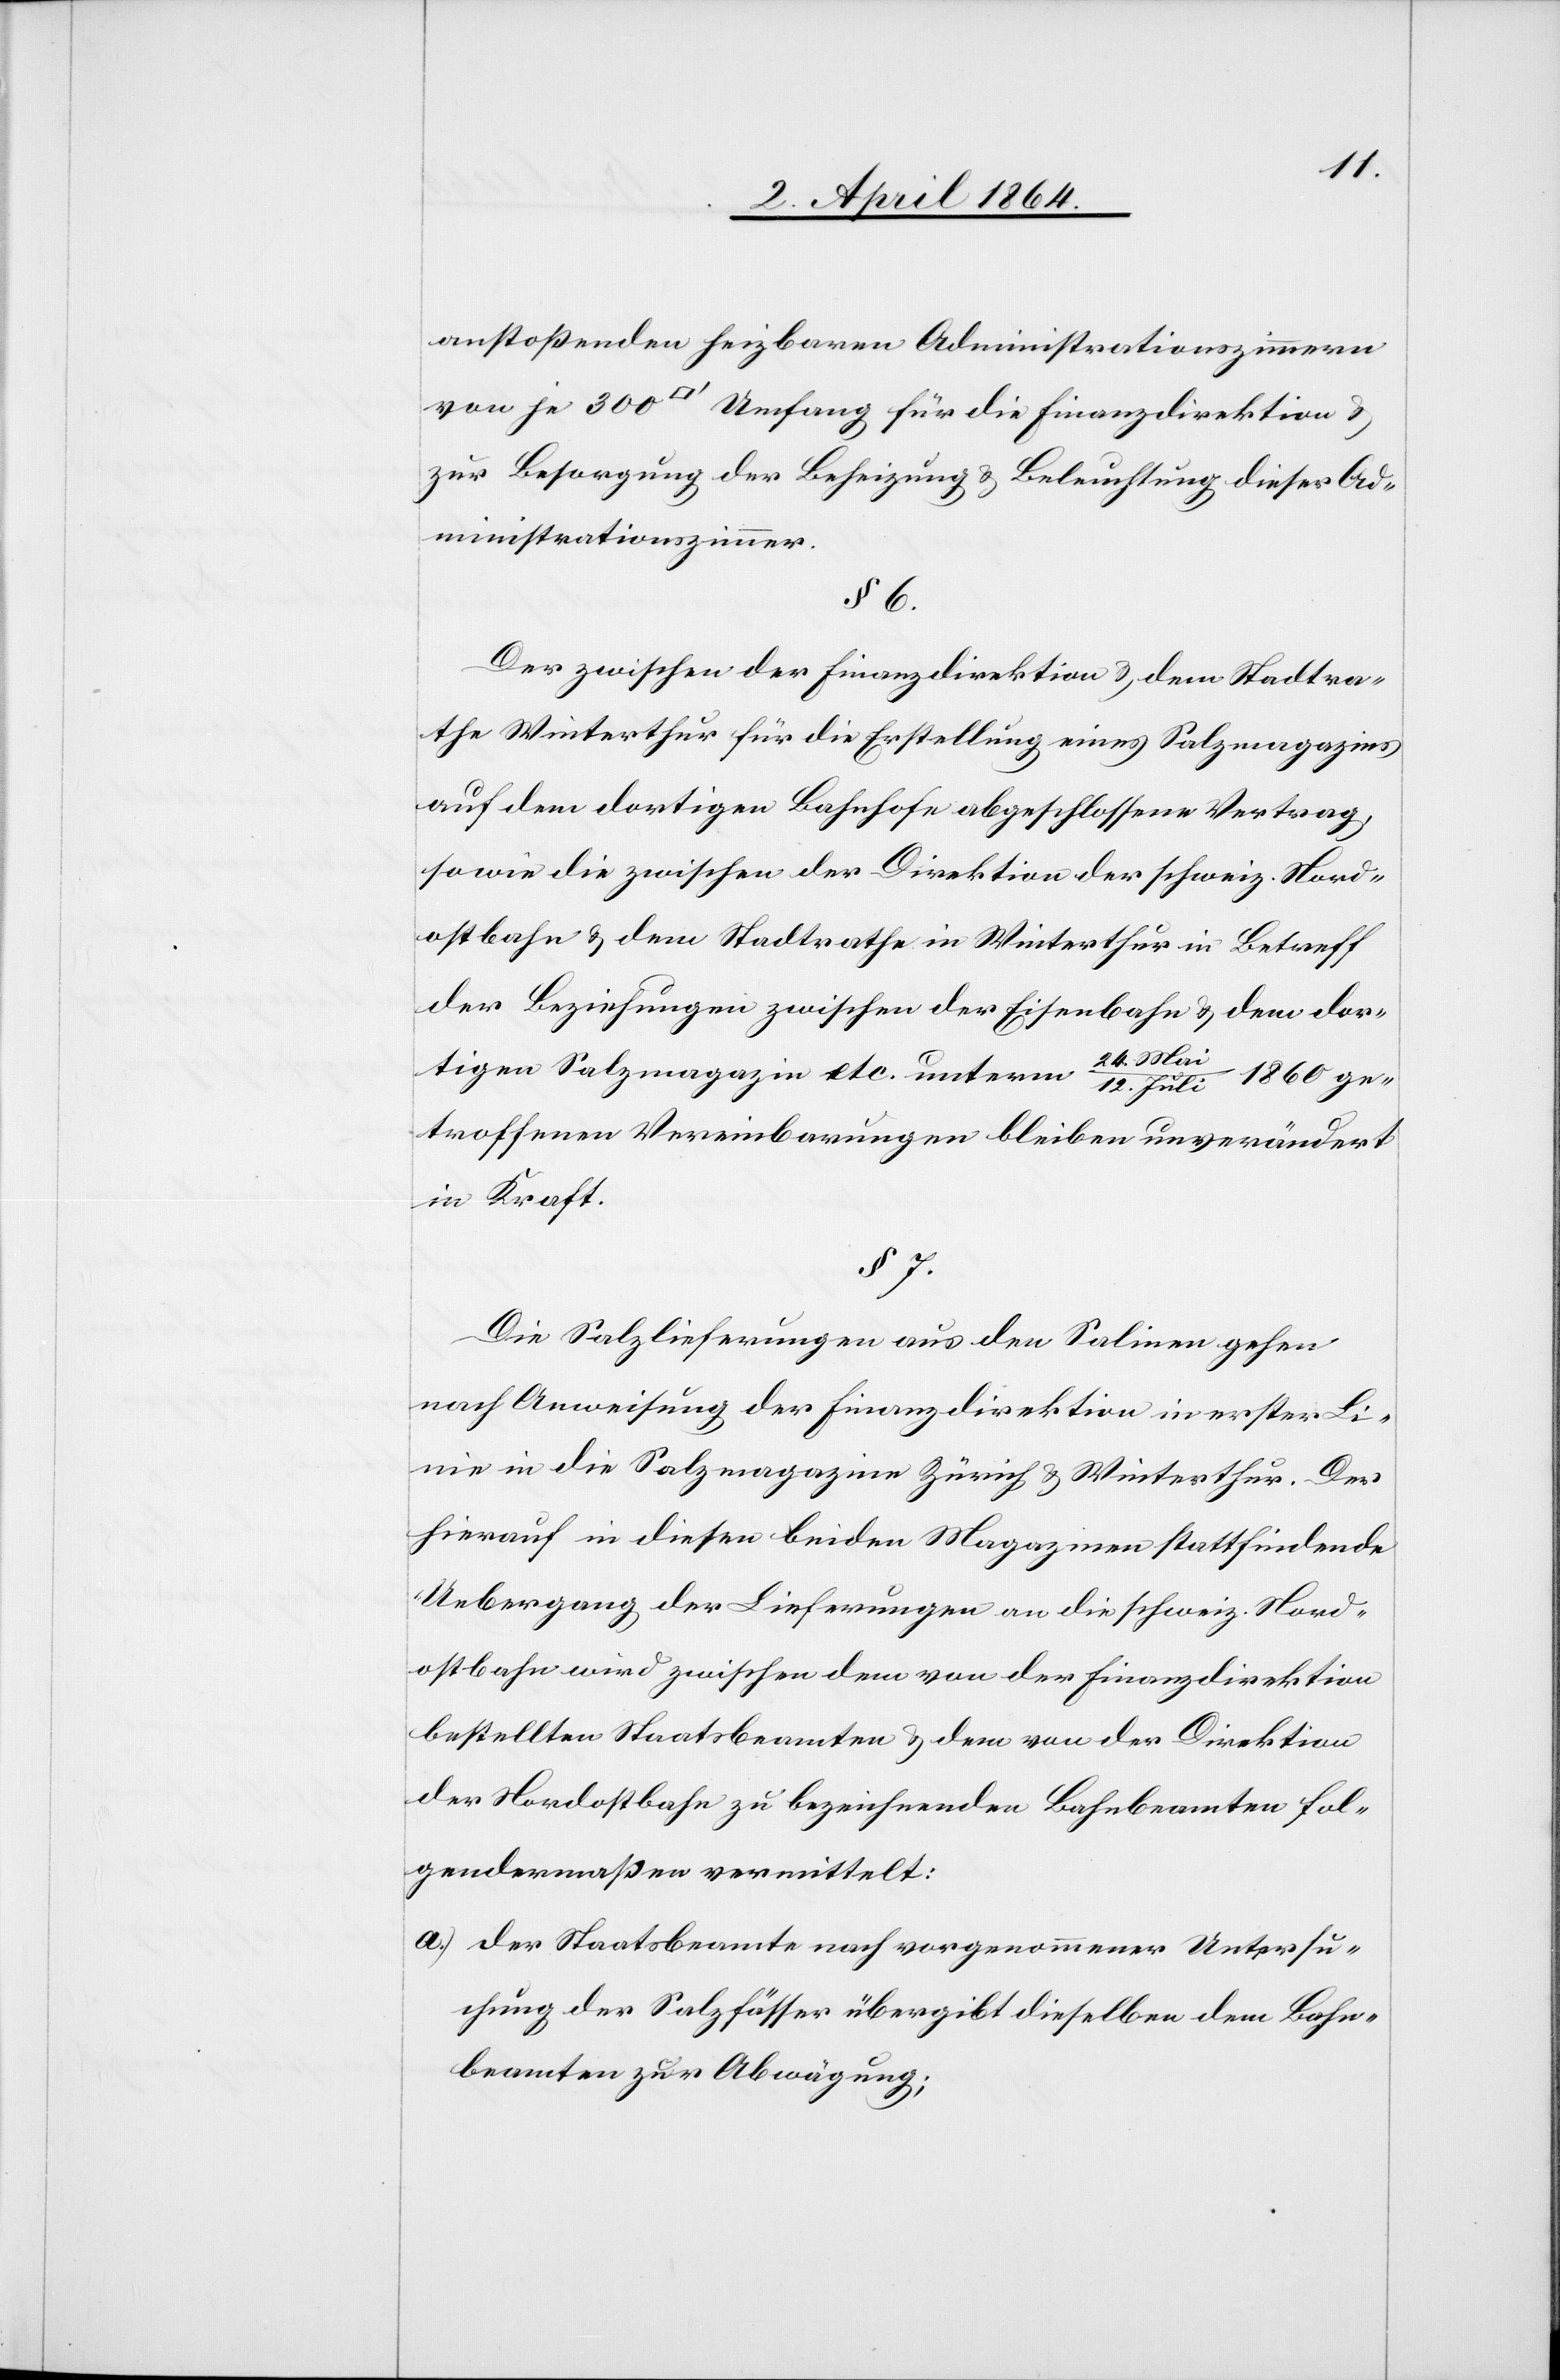
anstoßenden heizbaren Administrationszimmern
von je 300 [Quadratfuss] Umfang für die Finanzdirektion u.
zur Besorgung der Beheizung u. Beleuchtung dieser Ad¬
ministrationszimmer.
§ 6.
Der zwischen der Finanzdirektion u. dem Stadtra¬
the Winterthur für die Erstellung eines Salzmagazins
auf dem dortigen Bahnhofe abgeschlossene Vertrag,
sowie die zwischen der Direktion der schweiz. Nord¬
ostbahn u. dem Stadtrathe in Winterthur in Betreff
der Beziehungen zwischen der Eisenbahn u. dem dor¬
tigen Salzmagazin etc. unterm 24. Mai/12. Juli 1860 ge¬
troffenen Vereinbarungen bleiben unverändert
in Kraft.
§ 7.
Die Salzlieferungen aus den Salinen gehen
nach Anweisung der Finanzdirektion in erster Li¬
nie in die Salzmagazine Zürich u. Winterthur. Der
hierauf in diesen beiden Magazinen stattfindende
Uebergang der Lieferungen an die schweiz. Nord¬
ostbahn wird zwischen dem von der Finanzdirektion
bestellten Staatsbeamten u. dem von der Direktion
der Nordostbahn zu bezeichnenden Bahnbeamten fol¬
gendermaßen vermittelt:
a.) der Staatsbeamte nach vorgenommener Untersu¬
chung der Salzfässer übergibt dieselben dem Bahn¬
beamten zur Abwägung;